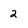
Character: 2